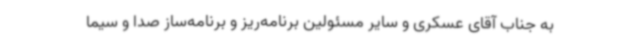
به جناب آقای عسکری و سایر مسئولین برنامه‌ریز و برنامه‌ساز صدا و سیما